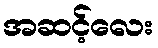
အဆင့်လေး